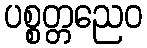
ပစ္စတ္တညေဝ